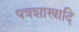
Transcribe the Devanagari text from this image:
पत्रशाखादि